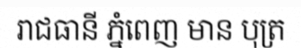
រាជធានី ភ្នំពេញ មាន បុត្រ